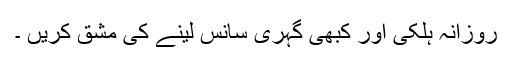
روزانہ ہلکی اور کبھی گہری سانس لینے کی مشق کریں ۔